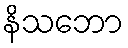
နိသဘော